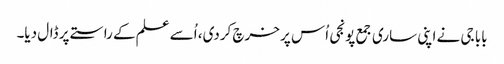
بابا جی نے اپنی ساری جمع پونجی اُس پر خرچ کردی، اُسے علم کے راستے پر ڈال دیا۔